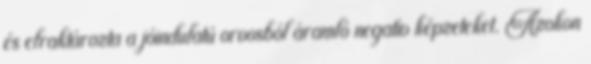
és elraktározta a jóindulatú orvosból áramló negatív képzeteket. Azokon